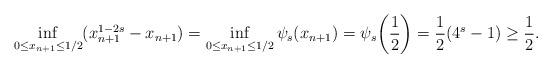
LaTeX: \begin{align*}\inf_{0 \le x_{n+1} \le 1/2} (x_{n+1}^{1-2s} - x_{n+1}) = \inf_{0 \le x_{n+1} \le 1/2} \psi_{s}(x_{n+1}) = \psi_{s}\bigg( \frac{1}{2} \bigg) = \frac{1}{2} (4^{s} - 1) \ge \frac{1}{2}.\end{align*}